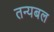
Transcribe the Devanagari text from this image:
तन्यबल